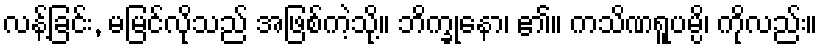
လန့်ခြင်း, မမြင်လိုသည် အဖြစ်ကဲ့သို့။ ဘိက္ခုနော၊ ၏။ ကသိဏရူပမ္ပိ၊ ကိုလည်း။